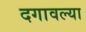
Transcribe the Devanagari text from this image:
दगावल्या